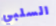
السلبي